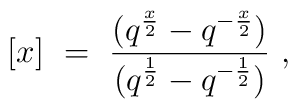
[x]~=~{(q^{\frac x 2} -q^{-\frac x 2}) \over (q^{\frac 1 2}- q^{-\frac 1 2})}~,